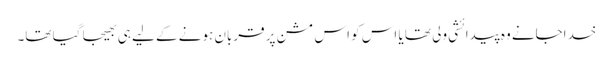
خداجانے وہ پیدائشی ولی تھا یا اس کو اس مشن پر قربان ہونے کے لیے ہی بھیجا گیا تھا۔